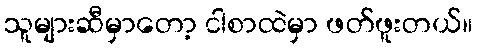
သူများဆီမှာတော့ ငါစာထဲမှာ ဖတ်ဖူးတယ်။